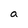
Character: a